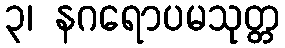
၃၊ နဂရောပမသုတ္တ